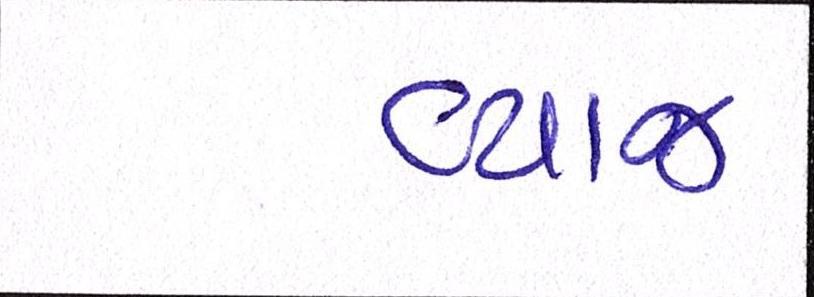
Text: વ્યાજ